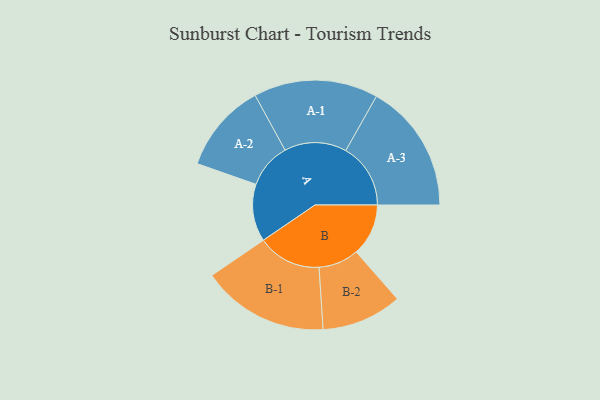
{"axis": {"x": "Segment", "y": "Value"}, "legend": ["", "A", "B"], "data": [{"x": "A", "y": 240, "type": ""}, {"x": "B", "y": 218, "type": ""}, {"x": "A-1", "y": 260, "type": "A"}, {"x": "A-2", "y": 188, "type": "A"}, {"x": "A-3", "y": 271, "type": "A"}, {"x": "B-1", "y": 266, "type": "B"}, {"x": "B-2", "y": 168, "type": "B"}]}